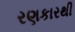
રણકારથી